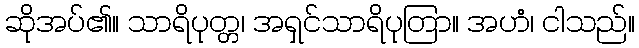
ဆိုအပ်၏။ သာရိပုတ္တ၊ အရှင်သာရိပုတြာ။ အဟံ၊ ငါသည်။